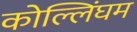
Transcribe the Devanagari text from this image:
कोल्लिंघम